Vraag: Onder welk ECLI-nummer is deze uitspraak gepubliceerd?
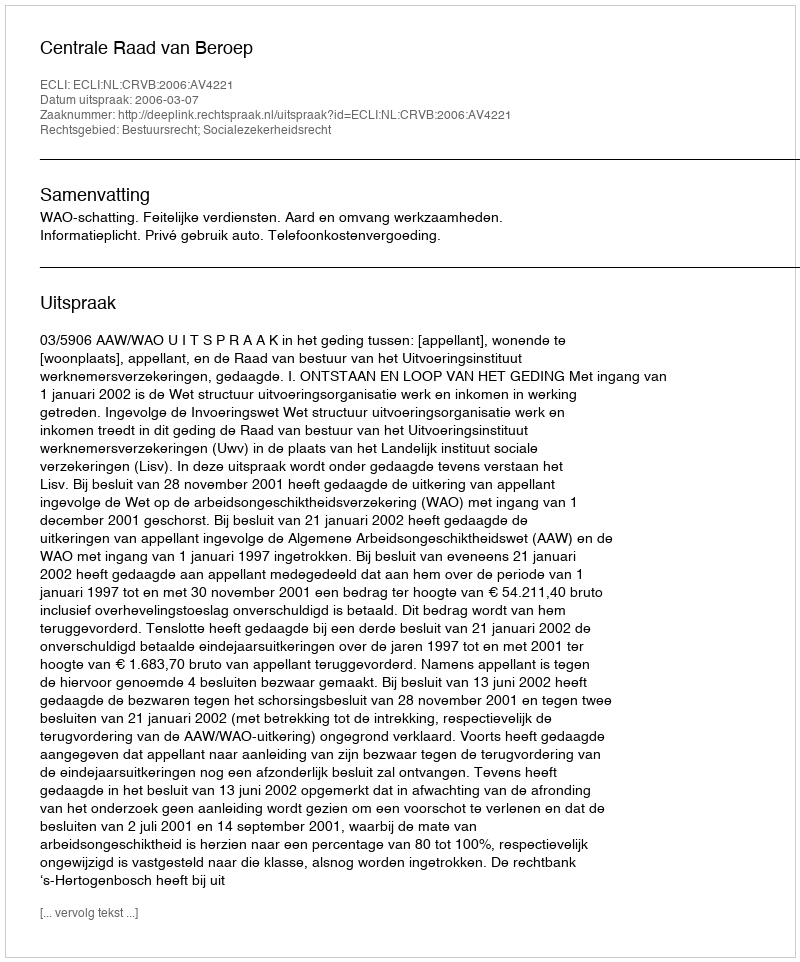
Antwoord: ECLI:NL:CRVB:2006:AV4221